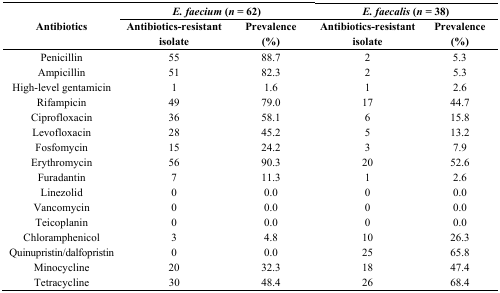
| <ROWSPAN=2> Antibiotics | <COLSPAN=2> E. faecium (n = 62) | <COLSPAN=2> E. faecalis (n = 38) |
 | Antibiotics-resistant isolate | Prevalence (%) | Antibiotics-resistant isolate | Prevalence (%) |
 | --- | --- | --- | --- | --- |
 | Penicillin | 55 | 88.7 | 2 | 5.3 |
 | Ampicillin | 51 | 82.3 | 2 | 5.3 |
 | High-level gentamicin | 1 | 1.6 | 1 | 2.6 |
 | Rifampicin | 49 | 79.0 | 17 | 44.7 |
 | Ciprofloxacin | 36 | 58.1 | 6 | 15.8 |
 | Levofloxacin | 28 | 45.2 | 5 | 13.2 |
 | Fosfomycin | 15 | 24.2 | 3 | 7.9 |
 | Erythromycin | 56 | 90.3 | 20 | 52.6 |
 | Furadantin | 7 | 11.3 | 1 | 2.6 |
 | Linezolid | 0 | 0.0 | 0 | 0.0 |
 | Vancomycin | 0 | 0.0 | 0 | 0.0 |
 | Teicoplanin | 0 | 0.0 | 0 | 0.0 |
 | Chloramphenicol | 3 | 4.8 | 10 | 26.3 |
 | Quinupristin/dalfopristin | 0 | 0.0 | 25 | 65.8 |
 | Minocycline | 20 | 32.3 | 18 | 47.4 |
 | Tetracycline | 30 | 48.4 | 26 | 68.4 |